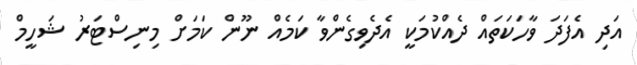
އަދި އެފަދަ ވާހަކަތައް ދެއްކުމަކީ އެދެވިގެންވާ ކަމެއް ނޫން ކަމަށް މިނިސްޓަރު ޝަހީމް